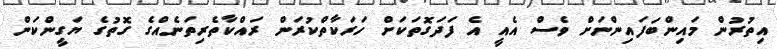
އިތުރުން މައިންބަފައިންނަށް ވެސް އެއީ އެ ފަދަގޮތަކަށް ހަރަކާތްކުރަން ރައްކާތެރިތަނެއްގެ ގޮތުގެ ޔަގީންކަން